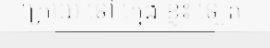
ក្រោយ ទៅ ក្មេង ខ្លះ ទៀត